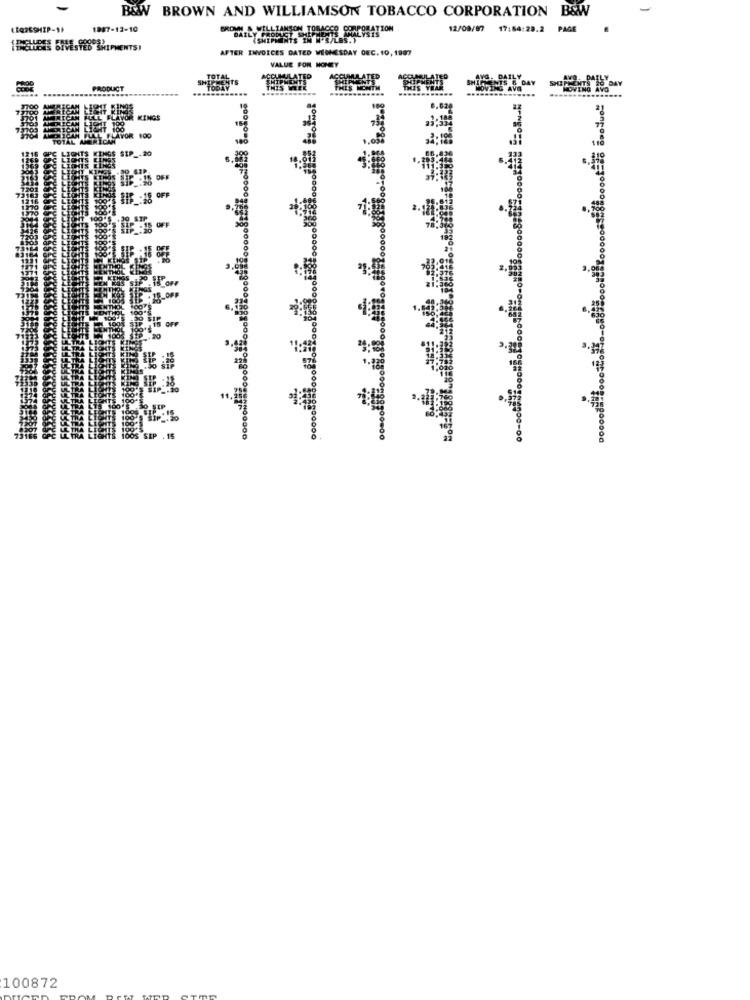
B&W BROWN AND WILLIAMSON TOBACCO CORPORATION B&W
1987-12-10
ROW. WILLIAMSON TOBACCO CORPORATION
12/09/977
17:64:29.2
PAGE
1GLUDES GIVESTED SHIPMENTS!
AFTER INVOICES DATED WEDNESDAY DEC. 10, 1987
VALUE FOR MONEY
SENTS
DUCT
THIS WEEK
NO
KINGS
SIP _-
BIS :18 OFF
100872